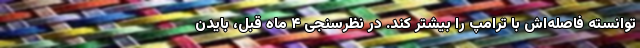
توانسته فاصله‌اش با ترامپ را بیشتر کند. در نظرسنجی ۴ ماه قبل، بایدن